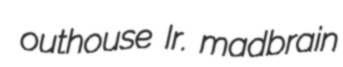
outhouse Ir. madbrain